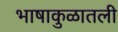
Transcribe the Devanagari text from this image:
भाषाकुळातली